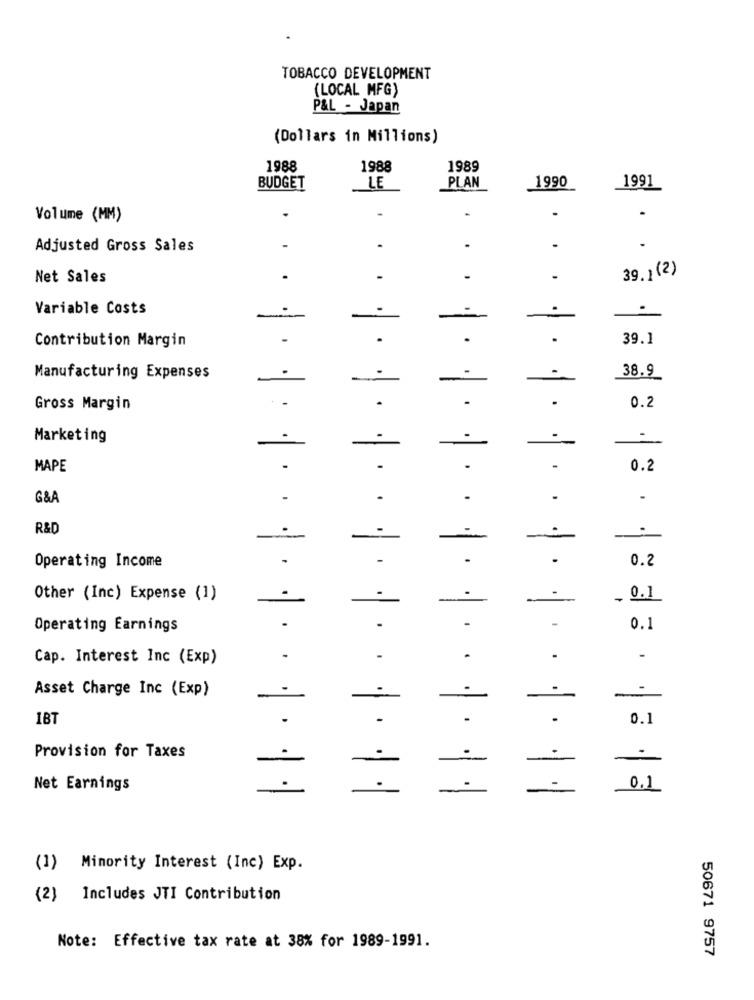
TOBACCO DEVELOPMENT
(LOCAL MFG)
P&L - Japan
(Dollars in Millions)
1988
1988
1989
1990
BUDGET
LE
PLAN
1991
.
Volume (MM)
Adjusted Gross Sales
.
39.1 (2)
Net Sales
-
Variable Costs
-
.
1
Contribution Margin
.
.
39.1
Manufacturing Expenses
38.9
Gross Margin
.
0.2
Marketing
.
-
MAPE
0.2
G&A
R&D
0.2
Operating Income
Other (Inc) Expense (1)
-0.1
Operating Earnings
0.1
Cap. Interest Inc (Exp)
-
Asset Charge Inc (Exp)
-
--
1BT
0.1
Provision for Taxes
Net Earnings
.
-
0.1
· · · · · · · ·· |
(1) Minority Interest (Inc) Exp.
(2) Includes JTI Contribution
Note: Effective tax rate at 38% for 1989-1991.
50671 9757